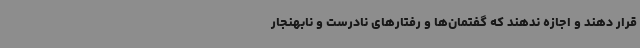
قرار دهند و اجازه ندهند که گفتمان‌ها و رفتارهای نادرست و نابهنجار